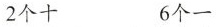
2个十 6个一